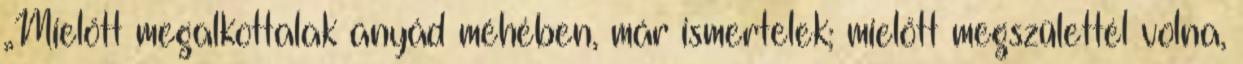
„Mielőtt megalkottalak anyád méhében, már ismertelek; mielőtt megszülettél volna,